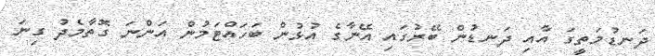
ދަނޑުމަތީގަ އާއި ދަނޑުން ބޭރުގައި އޭނާގެ އުޅުން ބަހައްޓަމުން އަންނަ ގޮތާމެދު ގިނަ